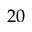
2 0